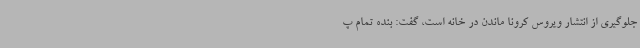
جلوگیری از انتشار ویروس کرونا ماندن در خانه است، گفت: بنده تمام پ